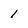
Character: 1